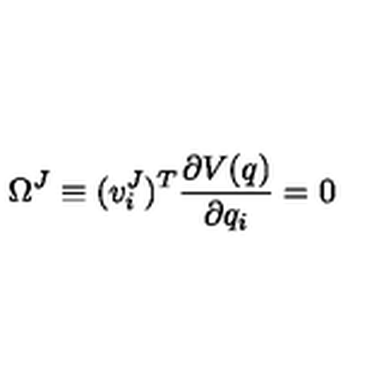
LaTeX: \Omega ^ { J } \equiv ( v _ { i } ^ { J } ) ^ { T } \frac { \partial V ( q ) } { \partial q _ { i } } = 0